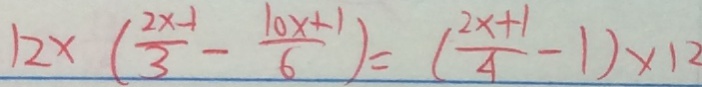
1 2 \times ( \frac { 2 x - 1 } { 3 } - \frac { 1 0 x + 1 } { 6 } ) = ( \frac { 2 x + 1 } { 4 } - 1 ) \times 1 2